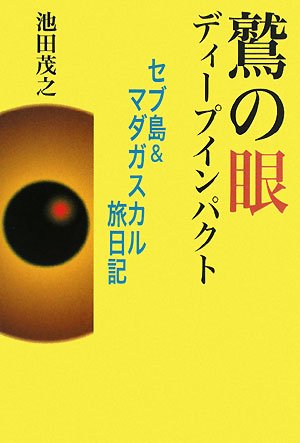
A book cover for Cebu Island and Madagascar travel diary - Deep Impact eye of an eagle ISBN: 4876018359 (2008) [Japanese Import]; Travel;